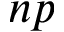
n p